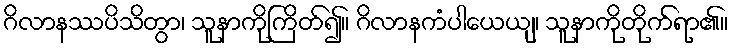
ဂိလာနဿပိသိတွာ၊ သူနာကိုကြိတ်၍။ ဂိလာနကံပါယေယျ၊ သူနာကိုတိုက်ရာ၏။